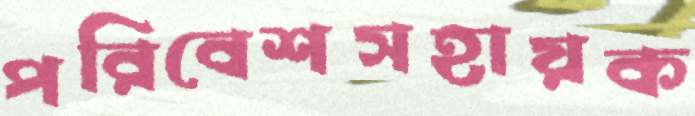
পরিবেশসহায়ক